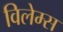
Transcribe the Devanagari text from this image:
विलेम्स